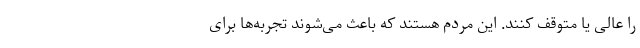
را عالی یا متوقف کنند. این مردم هستند که باعث می‌شوند تجربه‌ها برای